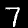
Label: 7